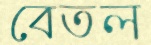
বেতল